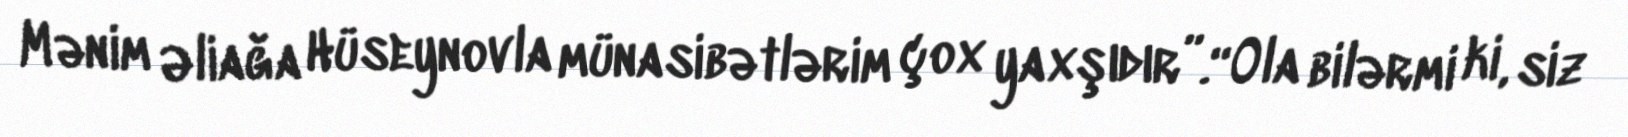
Mənim Əliağa Hüseynovla münasibətlərim çox yaxşıdır”.“Ola bilərmi ki, siz